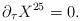
LaTeX: \begin{align*}\partial_{\tau} X^{25} =0.\end{align*}